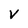
Character: V